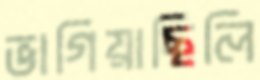
ভাগিয়াছিলি